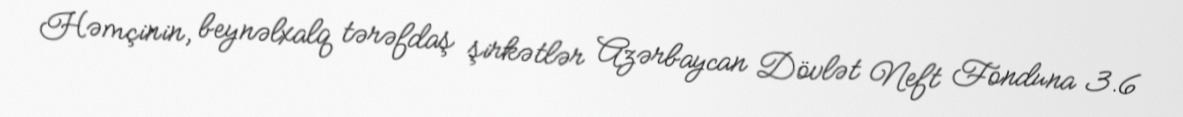
Həmçinin, beynəlxalq tərəfdaş şirkətlər Azərbaycan Dövlət Neft Fonduna 3.6